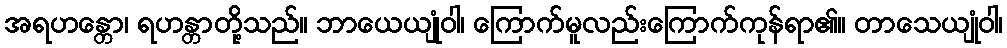
အရဟန္တော၊ ရဟန္တာတို့သည်။ ဘာယေယျုံဝါ၊ ကြောက်မူလည်းကြောက်ကုန်ရာ၏။ တာသေယျုံဝါ၊